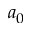
a _ { 0 }